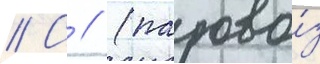
// С // (парово́з